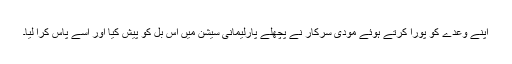
اپنے وعدے کو پورا کرتے ہوئے مودی سرکار نے پچھلے پارلیمانی سیشن میں اس بل کو پیش کیا اور اسے پاس کرا لیا۔